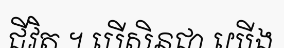
ជីវិត ។ បើសិនជា យើង